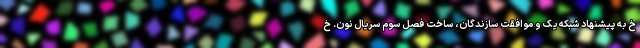
خ به پیشنهاد شبکه یک و موافقت سازندگان، ساخت فصل سوم سریال نون. خ